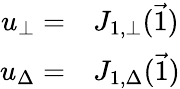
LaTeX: \begin{array}{rl}{u_{\bot}=}&{{}J_{1,\bot}(\vec{1})}\\ {u_{\Delta}=}&{{}J_{1,\Delta}(\vec{1})}\end{array}